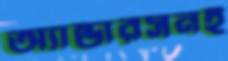
অ্যান্ডারসনই